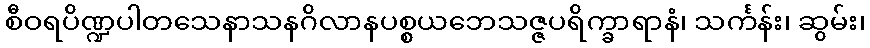
စီဝရပိဏ္ဍပါတသေနာသနဂိလာနပစ္စယဘေသဇ္ဇပရိက္ခာရာနံ၊ သင်္ကန်း၊ ဆွမ်း၊